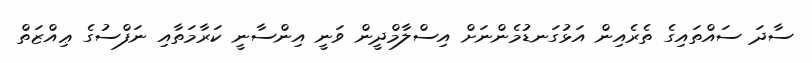
ސާދަ ސައްތައިގެ ތެރެއިން އަޅުގަނޑުމެންނަށް އިސްލާމްދީން ވަނީ އިންސާނީ ކަރާމަތާއި ނަފްސުގެ ޢިއްޒަތް